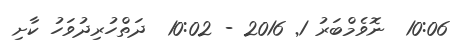
10:06  ނޮވެމްބަރު 1